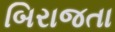
બિરાજતા